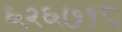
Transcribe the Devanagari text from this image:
६२६७१८